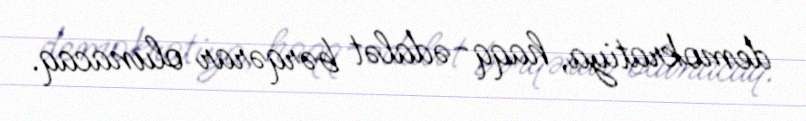
demokratiya, haqq-ədalət bərqərar olunacaq.